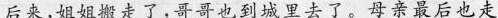
后来，姐姐搬走了，哥哥也到城里去了。母亲最后也走